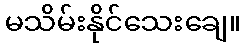
မသိမ်းနိုင်သေးချေ။